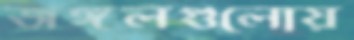
জঙ্গলগুলোয়